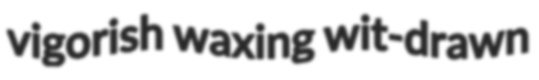
vigorish waxing wit-drawn